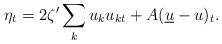
LaTeX: \begin{align*}\eta_t = 2\zeta' \sum_k u_k u_{kt} + A (\underline{u} - u)_t.\end{align*}